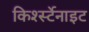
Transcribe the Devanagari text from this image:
किर्श्स्टेनाइट